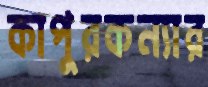
কাপুরকন্যার